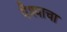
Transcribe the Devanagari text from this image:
पैश्याचा